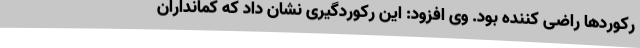
رکوردها راضی کننده بود. وی افزود: این رکوردگیری نشان داد که کمانداران